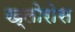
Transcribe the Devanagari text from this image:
ख्लोरोस